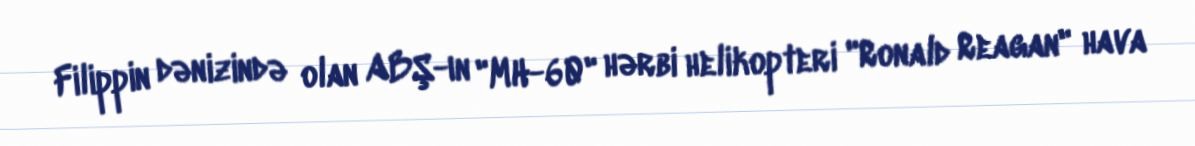
Filippin dənizində olan ABŞ-ın "MH-60" hərbi helikopteri "Ronald Reagan" hava